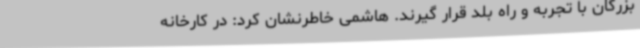
بزرگان با تجربه و راه بلد قرار گیرند. هاشمی خاطرنشان کرد: در کارخانه